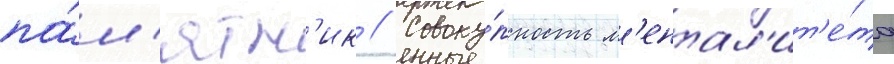
па́м'ятн'ик // Совоку́пность м'ентал'ит'е́та